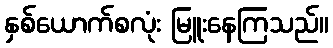
နှစ်ယောက်စလုံး မြူးနေကြသည်။